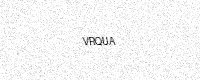
Text: VRQUA